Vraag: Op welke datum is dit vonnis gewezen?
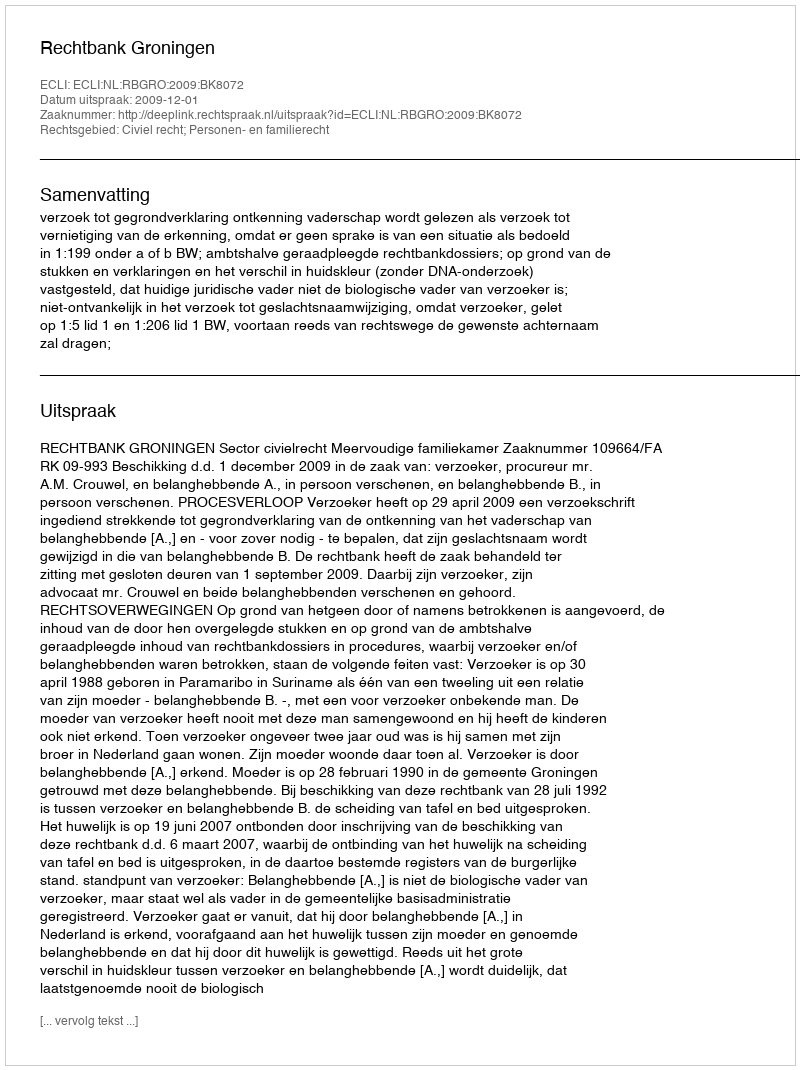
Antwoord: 2009-12-01